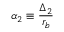
\alpha _ { 2 } \equiv \frac { \Delta _ { 2 } } { r _ { b } }